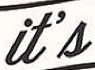
it's